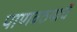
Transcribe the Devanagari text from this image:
पाणवठयाचें